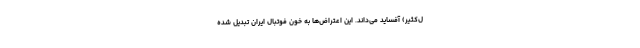
ل‌کثیر) آفساید می‌داند. این اعتراض‌ها به خون فوتبال ایران تبدیل شده